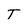
Character: T